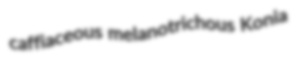
caffiaceous melanotrichous Konia